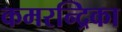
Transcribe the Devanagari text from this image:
कमरन्द्रिका